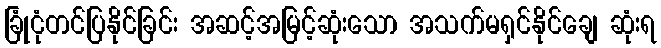
ခြုံငုံတင်ပြနိုင်ခြင်း အဆင့်အမြင့်ဆုံးသော အသက်မရှင်နိုင်ချေ ဆုံးရ